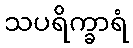
သပရိက္ခာရံ